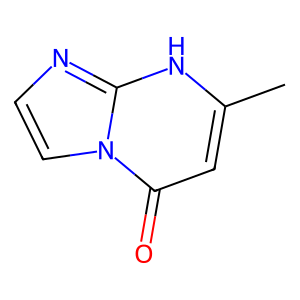
SMILES: Cc1cc(=O)n2ccnc2[nH]1
Inhibits HIV replication: No